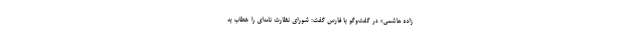
زاده هاشمی» در گفت‌وگو با فارس گفت: شورای نظارت نامه‌ای را خطاب به